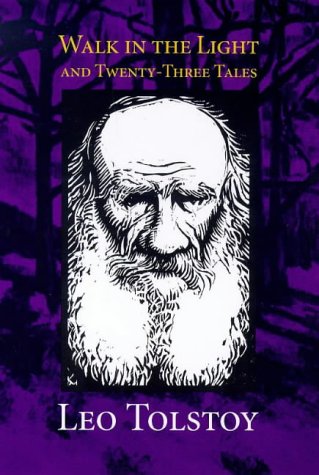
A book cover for Walk in the Light & Twenty-Three Tales; Leo Tolstoy; Religion & Spirituality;